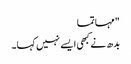
" مہاتما
بدھ نے کبھی ایسے نہیں کہا۔